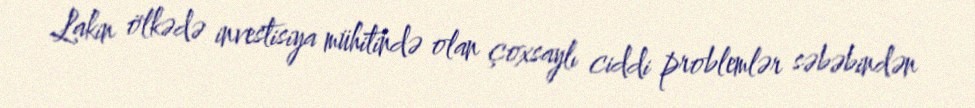
Lakin ölkədə investisiya mühitində olan çoxsaylı ciddi problemlər səbəbindən